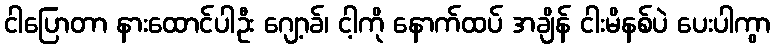
ငါပြောတာ နားထောင်ပါဦး ဂျော့ခ်၊ ငါ့ကို နောက်ထပ် အချိန် ငါးမိနစ်ပဲ ပေးပါကွာ